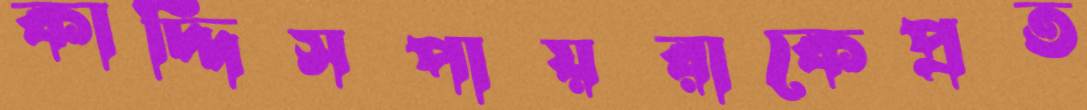
কাদ্দিসপায়রাকেপ্রত